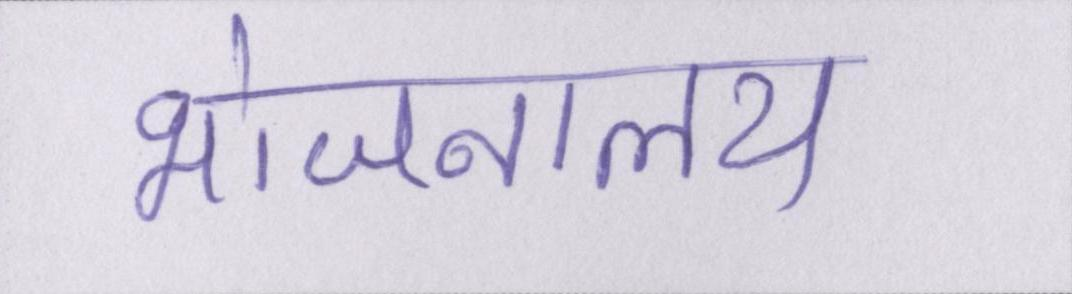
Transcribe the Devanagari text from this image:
भोजनालय